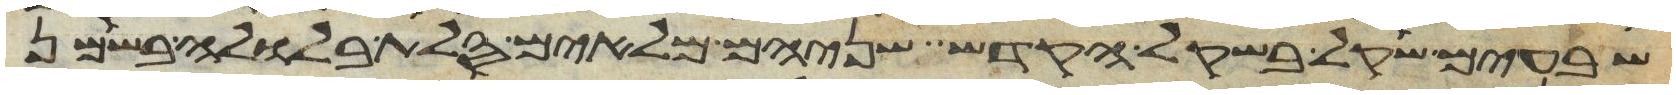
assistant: שבעים שקל בשקל הקדש שניהם מלאים סלת בלולה בשמן